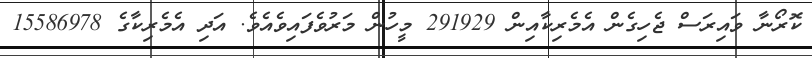
ކޮރޯނާ ވައިރަސް ޖެހިގެން އެމެރިކާއިން 291929 މީހުން މަރުވެފައިވެއެވެ. އަދި އެމެރިކާގެ 15586978